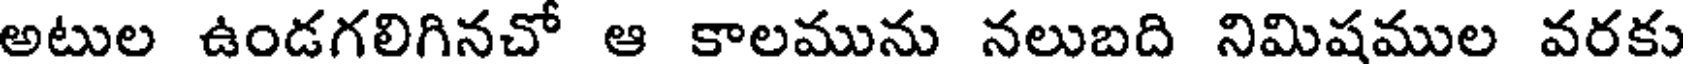
అటుల ఉండగలిగినచో ఆ కాలమును నలుబది నిమిషముల వరకు